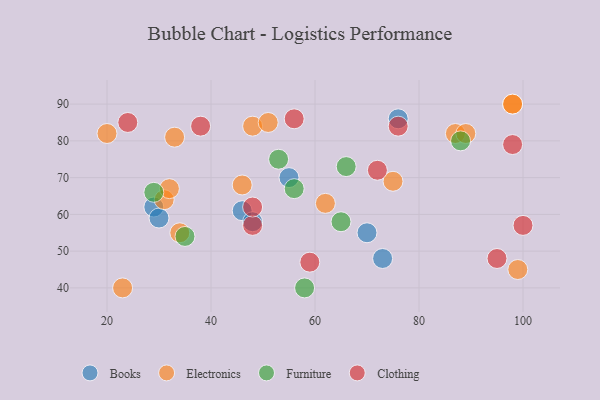
{"axis": {"x": "GDP", "y": "Life Expectancy"}, "legend": ["Books", "Clothing", "Electronics", "Furniture"], "data": [{"x": "46", "y": 61, "type": "Books"}, {"x": "29", "y": 62, "type": "Books"}, {"x": "73", "y": 48, "type": "Books"}, {"x": "30", "y": 59, "type": "Books"}, {"x": "76", "y": 86, "type": "Books"}, {"x": "48", "y": 58, "type": "Books"}, {"x": "55", "y": 70, "type": "Books"}, {"x": "70", "y": 55, "type": "Books"}, {"x": "98", "y": 90, "type": "Electronics"}, {"x": "31", "y": 64, "type": "Electronics"}, {"x": "75", "y": 69, "type": "Electronics"}, {"x": "34", "y": 55, "type": "Electronics"}, {"x": "87", "y": 82, "type": "Electronics"}, {"x": "48", "y": 84, "type": "Electronics"}, {"x": "46", "y": 68, "type": "Electronics"}, {"x": "98", "y": 90, "type": "Electronics"}, {"x": "23", "y": 40, "type": "Electronics"}, {"x": "33", "y": 81, "type": "Electronics"}, {"x": "20", "y": 82, "type": "Electronics"}, {"x": "51", "y": 85, "type": "Electronics"}, {"x": "62", "y": 63, "type": "Electronics"}, {"x": "99", "y": 45, "type": "Electronics"}, {"x": "32", "y": 67, "type": "Electronics"}, {"x": "89", "y": 82, "type": "Electronics"}, {"x": "53", "y": 75, "type": "Furniture"}, {"x": "58", "y": 40, "type": "Furniture"}, {"x": "56", "y": 67, "type": "Furniture"}, {"x": "65", "y": 58, "type": "Furniture"}, {"x": "35", "y": 54, "type": "Furniture"}, {"x": "88", "y": 80, "type": "Furniture"}, {"x": "29", "y": 66, "type": "Furniture"}, {"x": "66", "y": 73, "type": "Furniture"}, {"x": "100", "y": 57, "type": "Clothing"}, {"x": "48", "y": 57, "type": "Clothing"}, {"x": "24", "y": 85, "type": "Clothing"}, {"x": "59", "y": 47, "type": "Clothing"}, {"x": "95", "y": 48, "type": "Clothing"}, {"x": "72", "y": 72, "type": "Clothing"}, {"x": "98", "y": 79, "type": "Clothing"}, {"x": "38", "y": 84, "type": "Clothing"}, {"x": "48", "y": 62, "type": "Clothing"}, {"x": "56", "y": 86, "type": "Clothing"}, {"x": "76", "y": 84, "type": "Clothing"}]}